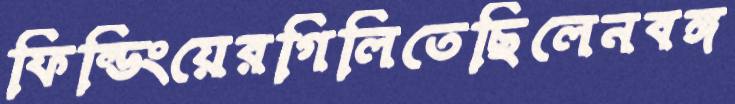
ফিল্ডিংয়েরগিলিতেছিলেনবঙ্গ